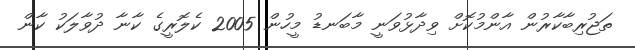
ތަޖުރިބާކާރުން އާންމުކޮށް ވިދާޅުވަނީ މާބަނޑު މީހުން 2005 ކެލޮރީގެ ކާނާ ދުވާލަކު ކާން